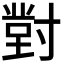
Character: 𭔾